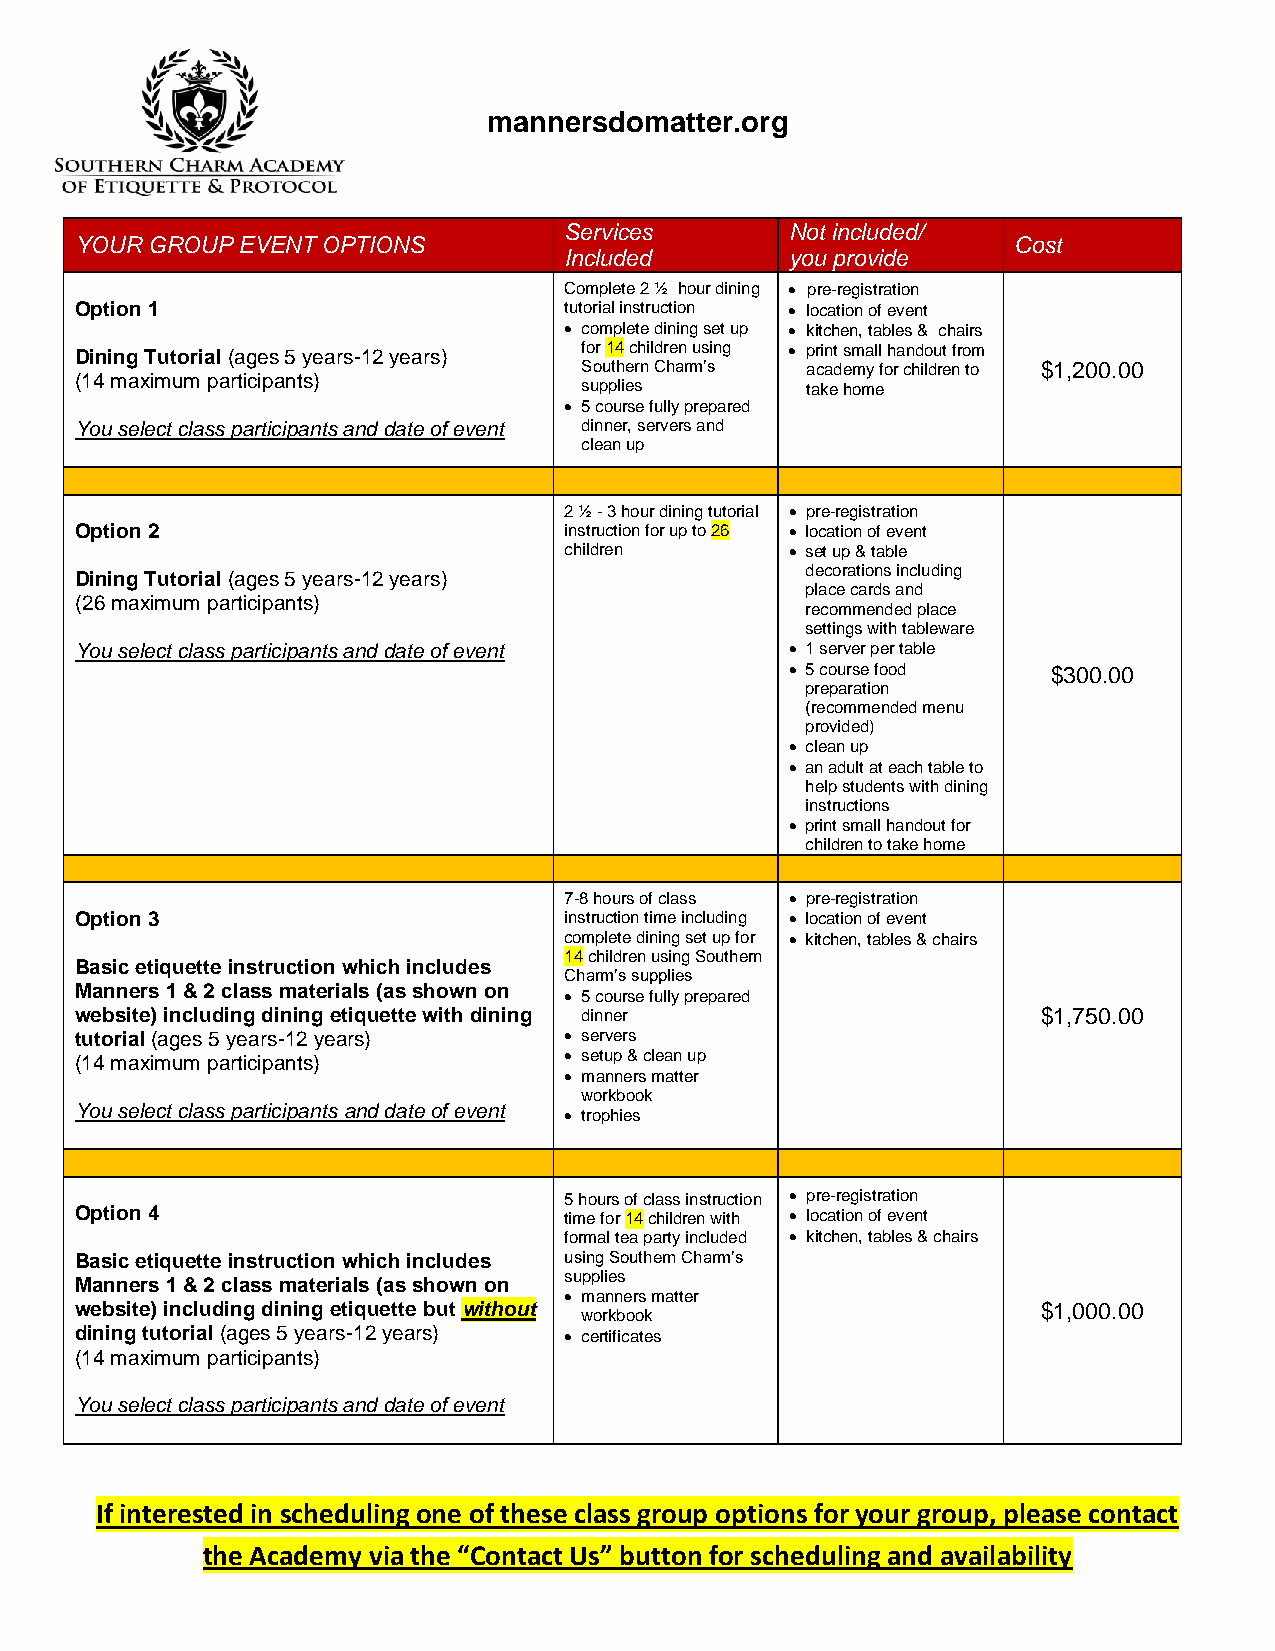
mannersdomatter.org
 Services       Not included/
 YOUR GROUP EVENT OPTIONS                                      Cost
 Included       you provide
 Complete 2 ½ hour dining  pre-registration
 Option 1                        tutorial instruction  location of event
  complete dining set up  kitchen, tables & chairs
 Dining Tutorial (ages 5 years-12 years) for 14 children using  print small handout from
 Southern Charm’s academy for children to $1,200.00
 (14 maximum participants)
 supplies       take home
  5 course fully prepared
 You select class participants and date of event dinner, servers and
 clean up
 2 ½ - 3 hour dining tutorial  pre-registration
 Option 2                        instruction for up to 26  location of event
 children        set up & table
 decorations including
 Dining Tutorial (ages 5 years-12 years)
 place cards and
 (26 maximum participants)
 recommended place
 settings with tableware
 You select class participants and date of event  1 server per table
  5 course food   $300.00
 preparation
 (recommended menu
 provided)
  clean up
  an adult at each table to
 help students with dining
 instructions
  print small handout for
 children to take home
 7-8 hours of class  pre-registration
 Option 3                        instruction time including  location of event
 complete dining set up for  kitchen, tables & chairs
 14 children using Southern
 Basic etiquette instruction which includes
 Charm’s supplies
 Manners 1 & 2 class materials (as shown on
  5 course fully prepared
 website) including dining etiquette with dining dinner          $1,750.00
 tutorial (ages 5 years-12 years)  servers
 (14 maximum participants)        setup & clean up
  manners matter
 workbook
 You select class participants and date of event
  trophies
 5 hours of class instruction  pre-registration
 Option 4                        time for 14 children with  location of event
 formal tea party included  kitchen, tables & chairs
 Basic etiquette instruction which includes using Southern Charm’s
 supplies
 Manners 1 & 2 class materials (as shown on
  manners matter
 website) including dining etiquette but without                 $1,000.00
 workbook
 dining tutorial (ages 5 years-12 years)  certificates
 (14 maximum participants)
 You select class participants and date of event
 If interested in scheduling one of these class group options for your group, please contact
 the Academy via the “Contact Us” button for scheduling and availability